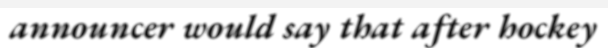
announcer would say that after hockey